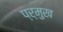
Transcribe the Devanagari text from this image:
प्र्मुख